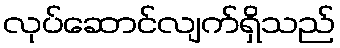
လုပ်ဆောင်လျက်ရှိသည်